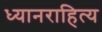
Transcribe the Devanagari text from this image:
ध्यानराहित्य